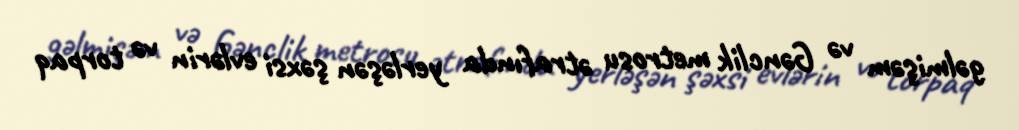
gəlmişəm və Gənclik metrosu ətrafında yerləşən şəxsi evlərin və torpaq